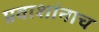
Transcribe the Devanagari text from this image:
प्रवाशांनाच